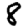
Digit: 8